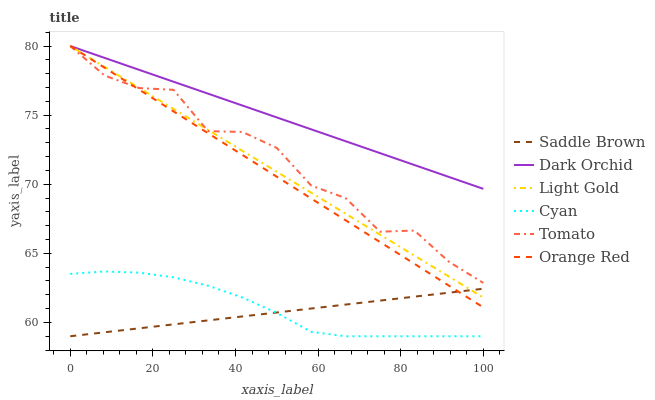
| xaxis_label | Saddle Brown | Dark Orchid | Light Gold | Cyan | Tomato | Orange Red |
 | --- | --- | --- | --- | --- | --- | --- |
 | 0 | 59 | 80 | 80 | 63.5 | 80 | 80 |
 | 8.33 | 59.3 | 79.1 | 78.5 | 63.7 | 77.9 | 78.4 |
 | 16.7 | 59.6 | 78.3 | 77 | 63.6 | 77 | 76.8 |
 | 25 | 59.9 | 77.4 | 75.5 | 63.3 | 76.8 | 75.3 |
 | 33.3 | 60.1 | 76.6 | 73.9 | 62.7 | 73.8 | 73.7 |
 | 41.7 | 60.4 | 75.7 | 72.4 | 61.8 | 73.8 | 72.1 |
 | 50 | 60.7 | 74.8 | 70.9 | 60.7 | 72.6 | 70.5 |
 | 58.3 | 61 | 74 | 69.4 | 59.3 | 69.9 | 69 |
 | 66.7 | 61.3 | 73.1 | 67.9 | 59 | 69 | 67.4 |
 | 75 | 61.6 | 72.2 | 66.4 | 59 | 66.6 | 65.8 |
 | 83.3 | 61.9 | 71.4 | 64.8 | 59 | 66.6 | 64.2 |
 | 91.7 | 62.2 | 70.5 | 63.3 | 59 | 64.4 | 62.7 |
 | 100 | 62.4 | 69.7 | 61.8 | 59 | 62.9 | 61.1 |